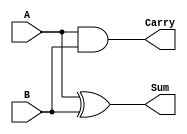
module half_adder (
    input wire A,         // First input bit
    input wire B,         // Second input bit
    output wire Sum,      // Sum output (A XOR B)
    output wire Carry     // Carry output (A AND B)
);
    assign Sum  = A ^ B;  // Sum calculation
    assign Carry = A & B;  // Carry calculation
endmodule